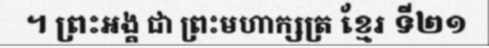
។ ព្រះអង្គ ជា ព្រះមហាក្សត្រ ខ្មែរ ទី២១